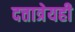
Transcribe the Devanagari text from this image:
दत्तात्रेयही